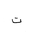
Letter: _ta